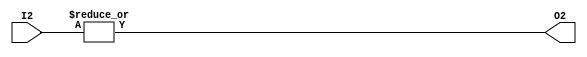
module or_gate(
input [5:0] I2,
output O2
);

assign O2 = |I2;

endmodule